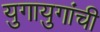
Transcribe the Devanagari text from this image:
युगायुगांची